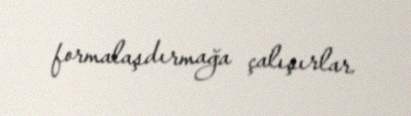
formalaşdırmağa çalışırlar.